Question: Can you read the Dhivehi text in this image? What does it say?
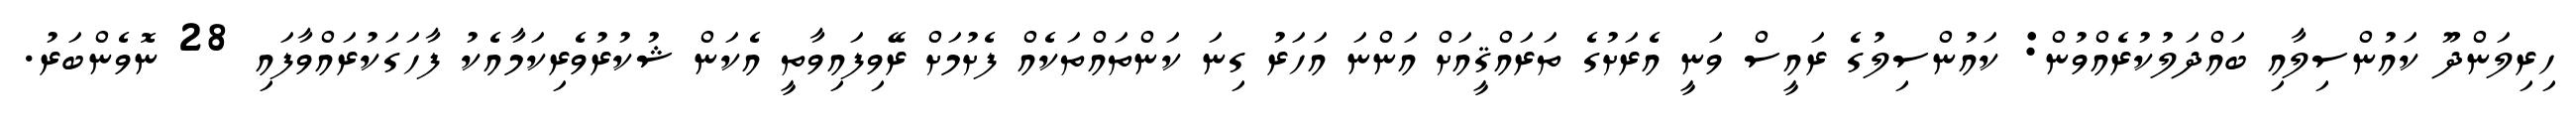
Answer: ހިރިލަންދޫ ކައުންސިލާއި ބައްދަލުކުރެއްވުން: ކައުންސިލުގެ ރައީސް ވަނީ އެރަށުގެ ތަރައްޤީއަށް އަންނަ އަހަރު ގިނަ ކަންތައްތަކެއް ފެށުމަށް ރޭވިފައިވާތީ އެކަން ޝުކުރުވެރިކަމާއެކު ފާހަގަކުރައްވާފައި 28 ނޮވެންބަރު.